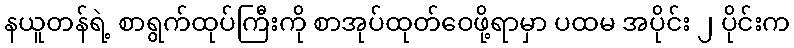
နယူတန်ရဲ့ စာရွက်ထုပ်ကြီးကို စာအုပ်ထုတ်ဝေဖို့ရာမှာ ပထမ အပိုင်း ၂ ပိုင်းက